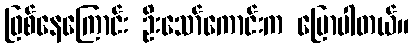
ဖြစ်နေကြောင်း ဦးသော်ကောင်းက ပြောပါတယ်။